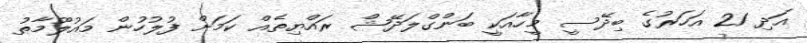
އަދި 21 އަހަރުގެ ބިދޭސީ މީހާއަކީ ބަންގްލަދޭޝް ރައްޔިތެއް ކަމަށް ފުލުހުން މައުލޫމާތު